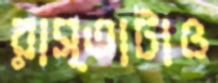
রাস্তাটাও